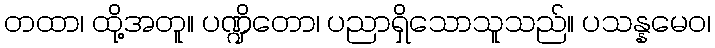
တထာ၊ ထို့အတူ။ ပဏ္ဍိတော၊ ပညာရှိသောသူသည်။ ပသန္နမေဝ၊